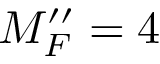
M _ { F } ^ { \prime \prime } = 4